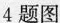
4题图